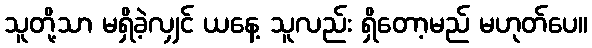
သူတို့သာ မရှိခဲ့လျှင် ယနေ့ သူလည်း ရှိတော့မည် မဟုတ်ပေ။